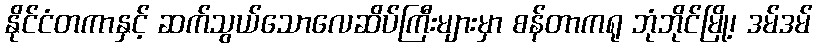
နိုင်ငံတကာနှင့် ဆက်သွယ်သောလေဆိပ်ကြီးများမှာ စန်တာကရု ဘုံဘိုင်မြို့၊ ဒမ်ဒမ်